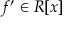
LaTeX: f ^ { \prime } \in R [ x ]